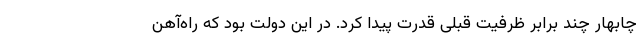
چابهار چند برابر ظرفیت قبلی قدرت پیدا کرد. در این دولت بود که راه‌آهن